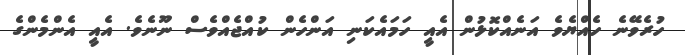
ހުރެވޭނެ ހެއްޔެވެ އަނެއްކޮޅުން އެއީ ހަމައެކަނި އަންހެން ކުއްޖެއްވެސް ނޫނެވެ. އެއީ އެންމެންގެ